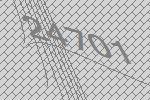
24701